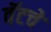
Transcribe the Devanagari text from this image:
वॅटचे